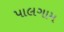
પાલગામ